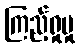
ကြည့်ရှုမှု